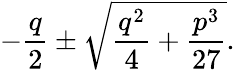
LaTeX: -{\frac{q}{2}}\pm{\sqrt{{\frac{q^{2}}{4}}+{\frac{p^{3}}{27}}}}.